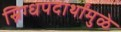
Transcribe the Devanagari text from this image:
स्निग्धपदार्थांमुळे